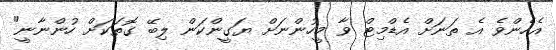
އެހެންވެ އެ ތަނަށް އެޑްމިޓް ވާ މީހުންނަށް ޔަގީންކަން ލިބޭ ގޮތަކަށް ހުންނާނީ"